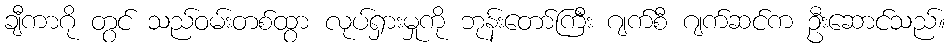
ချီကာဂို တွင် သည်ဝမ်းတစ်ထွာ လုပ်ရှားမှုကို ဘုန်းတော်ကြီး ဂျက်စီ ဂျက်ဆင်က ဦးဆောင်သည်။